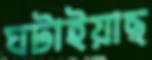
ঘটাইয়াছ